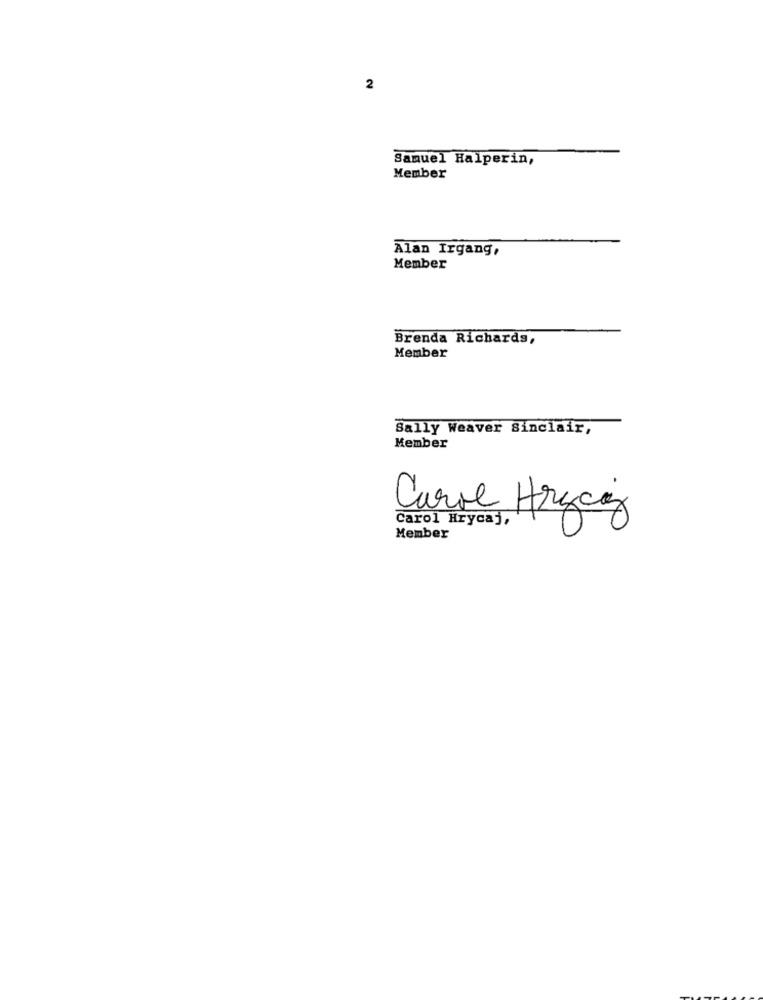
2
Samuel Halperin,
Member
Alan Irgang,
Member
Brenda Richards,
Member
Sally Weaver Sinclair,
Member
Carol Hrycz
Carol Hrycaj ,
Member